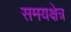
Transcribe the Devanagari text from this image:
समयक्षेत्र